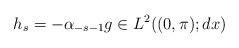
LaTeX: \begin{align*}h_s = - \alpha_{-s-1} g \in L^2((0,\pi);dx)\end{align*}